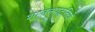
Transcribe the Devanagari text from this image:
शासनपद्धतियों